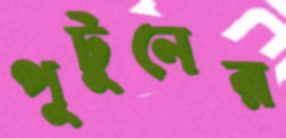
পুটুনের